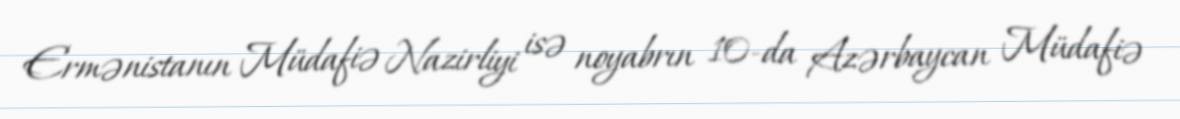
Ermənistanın Müdafiə Nazirliyi isə noyabrın 10-da Azərbaycan Müdafiə